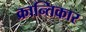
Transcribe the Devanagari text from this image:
क्रान्तिकार